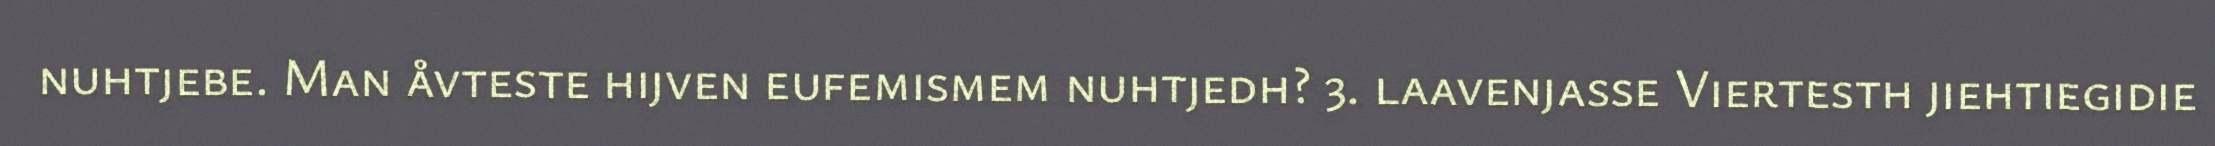
nuhtjebe. Man åvteste hijven eufemismem nuhtjedh? 3. laavenjasse Viertesth jiehtiegidie